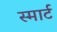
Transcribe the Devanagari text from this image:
स्‍मार्ट